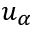
u _ { \alpha }